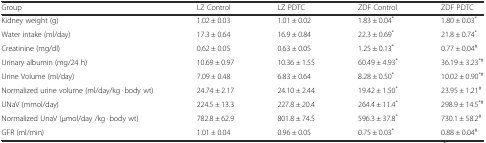
| Group | LZ Control | LZ PDTC | ZDF Control | ZDF PDTC |
 | --- | --- | --- | --- | --- |
 | Kidney weight (g) | 1.02 ± 0.03 | 1.01 ± 0.02 | 1.83 ± 0.04* | 1.80 ± 0.03* |
 | Water intake (ml/day) | 17.3 ± 0.64 | 16.9 ± 0.84 | 22.3 ± 0.69* | 21.8 ± 0.74* |
 | Creatinine (mg/dl) | 0.62 ± 0.05 | 0.63 ± 0.05 | 1.25 ± 0.13* | 0.77 ± 0.04# |
 | Urinary albumin (mg/24 h) | 10.69 ± 0.97 | 10.36 ± 1.55 | 60.49 ± 4.93* | 36.19 ± 3.23*# |
 | Urine Volume (ml/day) | 7.09 ± 0.48 | 6.83 ± 0.64 | 8.28 ± 0.50* | 10.02 ± 0.90*# |
 | Normalized urine volume (ml/day/kg · body wt) | 24.74 ± 2.17 | 24.10 ± 2.44 | 19.42 ± 1.50* | 23.95 ± 1.21# |
 | UNaV (mmol/day) | 224.5 ± 13.3 | 227.8 ± 20.4 | 264.4 ± 11.4* | 298.9 ± 14.5*# |
 | Normalized UnaV (μmol/day /kg · body wt) | 782.8 ± 62.9 | 801.8 ± 74.5 | 596.3 ± 37.8* | 730.1 ± 58.2# |
 | GFR (ml/min) | 1.01 ± 0.04 | 0.96 ± 0.05 | 0.75 ± 0.03* | 0.88 ± 0.04# |